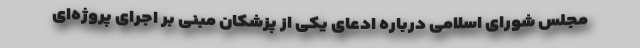
مجلس شورای اسلامی درباره ادعای یکی از پزشکان مبنی بر اجرای پروژه‌ای